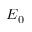
E _ { 0 }